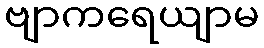
ဗျာကရေယျာမ